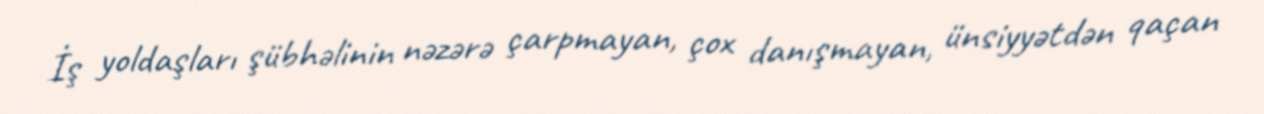
İş yoldaşları şübhəlinin nəzərə çarpmayan, çox danışmayan, ünsiyyətdən qaçan